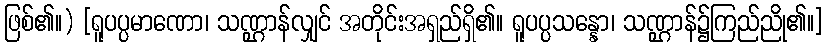
ဖြစ်၏။) [ရူပပ္ပမာဏော၊ သဏ္ဌာန်လျှင် အတိုင်းအရှည်ရှိ၏။ ရူပပ္ပသန္နော၊ သဏ္ဌာန်၌ကြည်ညို၏။]